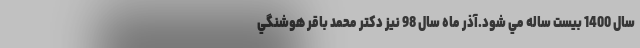
سال 1400 بيست ساله مي شود.آذر ماه سال 98 نيز دكتر محمد باقر هوشنگي